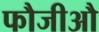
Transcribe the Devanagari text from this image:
फौजीऔ